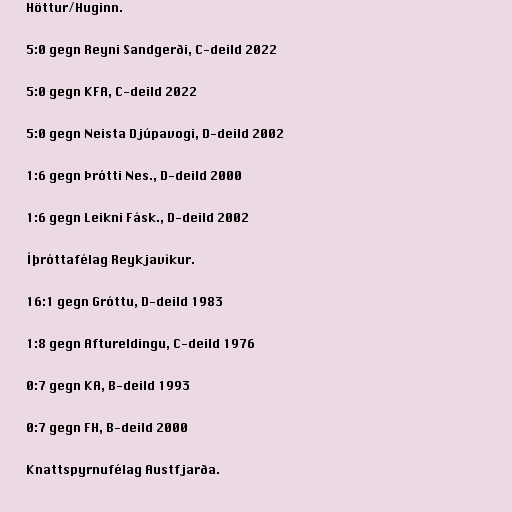
Höttur/Huginn.

5:0 gegn Reyni Sandgerði, C-deild 2022

5:0 gegn KFA, C-deild 2022

5:0 gegn Neista Djúpavogi, D-deild 2002

1:6 gegn Þrótti Nes., D-deild 2000

1:6 gegn Leikni Fásk., D-deild 2002

Íþróttafélag Reykjavíkur.

16:1 gegn Gróttu, D-deild 1983

1:8 gegn Aftureldingu, C-deild 1976

0:7 gegn KA, B-deild 1993

0:7 gegn FH, B-deild 2000

Knattspyrnufélag Austfjarða.